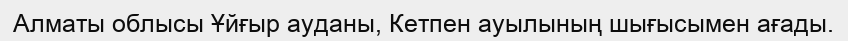
Алматы облысы Ұйғыр ауданы, Кетпен ауылының шығысымен ағады.